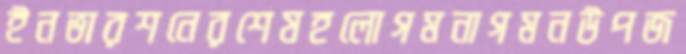
ইনভারশনেরশেষহলোগমনাগমনউপজ